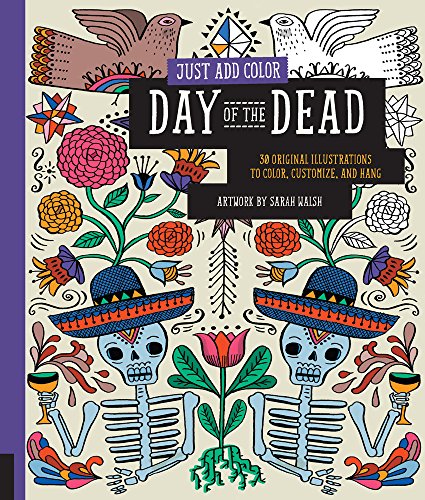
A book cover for Just Add Color: Day of the Dead: 30 Original Illustrations To Color, Customize, and Hang; Sarah Walsh; Arts & Photography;